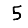
Digit: 5